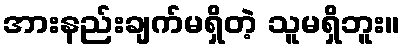
အားနည်းချက်မရှိတဲ့ သူမရှိဘူး။